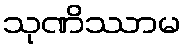
သုဏိဿာမ